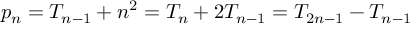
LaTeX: p _ { n } = T _ { n - 1 } + n ^ { 2 } = T _ { n } + 2 T _ { n - 1 } = T _ { 2 n - 1 } - T _ { n - 1 }